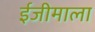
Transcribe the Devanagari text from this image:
ईजीमाला